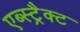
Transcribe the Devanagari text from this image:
एब्स्ट्रैक्ट